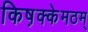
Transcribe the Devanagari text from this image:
किष़क्केमठम्